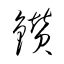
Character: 鑽